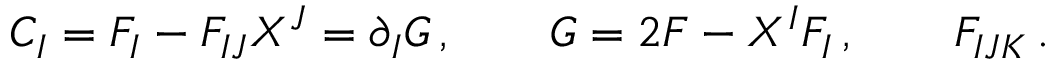
C _ { I } = F _ { I } - F _ { I J } X ^ { J } = \partial _ { I } G \, , \qquad G = 2 F - X ^ { I } F _ { I } \, , \qquad F _ { I J K } \, .